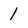
Character: 1